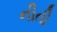
નીતી